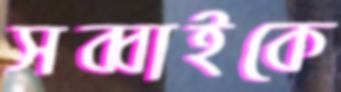
সব্বাইকে